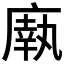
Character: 𫷼